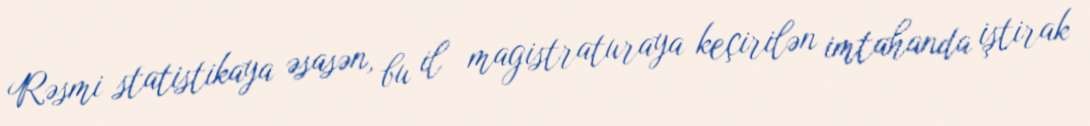
Rəsmi statistikaya əsasən, bu il magistraturaya keçirilən imtahanda iştirak